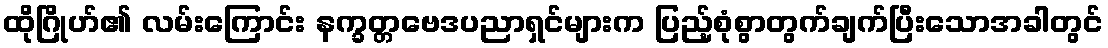
ထိုဂြိုဟ်၏ လမ်းကြောင်း နက္ခတ္တဗေဒပညာရှင်များက ပြည့်စုံစွာတွက်ချက်ပြီးသောအခါတွင်